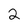
Character: 2